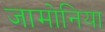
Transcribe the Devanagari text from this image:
जामोनिया